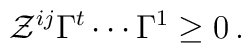
\mathcal{Z}^{ij}\Gamma ^t \cdots \Gamma ^1 \geq 0\,.